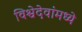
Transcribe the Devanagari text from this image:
विश्वेदेवांमध्ये